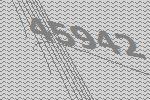
45942